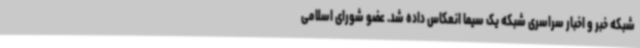
شبکه خبر و اخبار سراسری شبکه یک سیما انعکاس داده شد. عضو شورای اسلامی